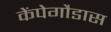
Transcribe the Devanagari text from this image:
केंपेगौडास